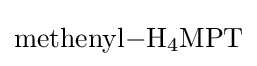
{\ce {methenyl-H4MPT}}